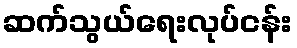
ဆက်သွယ်ရေးလုပ်ငန်း